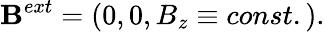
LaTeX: \mathbf{B}^{ext}=(0,0,B_{z}\equiv const.).